Subject: econ
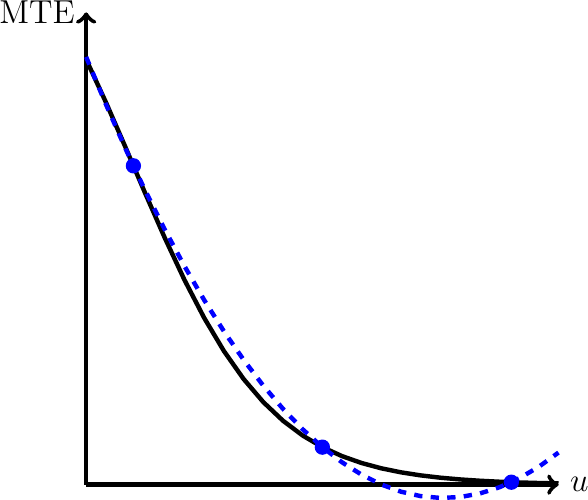
LaTeX code:
\begin{tikzpicture}[scale=6]
  \draw[->,ultra thick] (0, 0) -- (1, 0) node[right] {\large $u$};
  \draw[->,ultra thick] (0, 0) -- (0,1) node[left] {\large MTE};

  \draw[-,  ultra thick, black,domain=0:1]   plot (\x,{ 2.7/(2 + 2^(10*\x))});

  \draw[-, dashed, ultra thick, blue,domain=0:1]   plot (\x,{ 0.9053704 -2.4666507*\x + 1.6294668*(\x^2) });

  \draw[fill,blue] (.1,2.7/4) circle [radius=0.015];
      \draw[fill,blue] (0.5,2.7/34) circle [radius=0.015];
  \draw[fill,blue] (0.9,2.7/514) circle [radius=0.015];

  \end{tikzpicture}